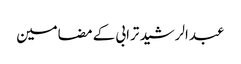
عبدالرشید ترابی کے مضامین